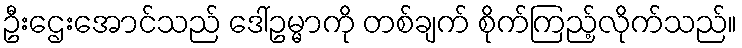
ဦးဌေးအောင်သည် ဒေါ်ဥမ္မာကို တစ်ချက် စိုက်ကြည့်လိုက်သည်။